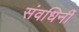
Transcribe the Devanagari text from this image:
संवधिर्नी